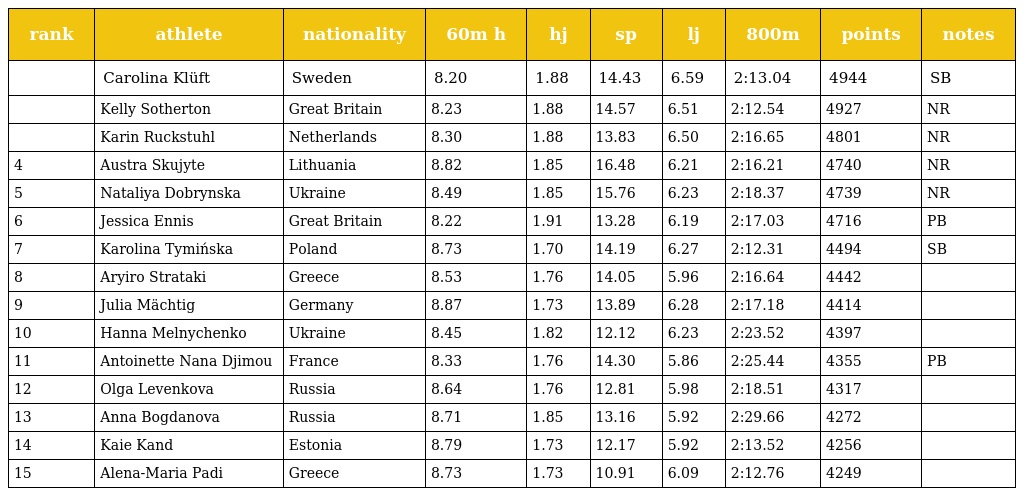
| rank | athlete | nationality | 60m h | hj | sp | lj | 800m | points | notes |
 | --- | --- | --- | --- | --- | --- | --- | --- | --- | --- |
 |  | Carolina Klüft | Sweden | 8.20 | 1.88 | 14.43 | 6.59 | 2:13.04 | 4944 | SB |
 |  | Kelly Sotherton | Great Britain | 8.23 | 1.88 | 14.57 | 6.51 | 2:12.54 | 4927 | NR |
 |  | Karin Ruckstuhl | Netherlands | 8.30 | 1.88 | 13.83 | 6.50 | 2:16.65 | 4801 | NR |
 | 4 | Austra Skujyte | Lithuania | 8.82 | 1.85 | 16.48 | 6.21 | 2:16.21 | 4740 | NR |
 | 5 | Nataliya Dobrynska | Ukraine | 8.49 | 1.85 | 15.76 | 6.23 | 2:18.37 | 4739 | NR |
 | 6 | Jessica Ennis | Great Britain | 8.22 | 1.91 | 13.28 | 6.19 | 2:17.03 | 4716 | PB |
 | 7 | Karolina Tymińska | Poland | 8.73 | 1.70 | 14.19 | 6.27 | 2:12.31 | 4494 | SB |
 | 8 | Aryiro Strataki | Greece | 8.53 | 1.76 | 14.05 | 5.96 | 2:16.64 | 4442 |  |
 | 9 | Julia Mächtig | Germany | 8.87 | 1.73 | 13.89 | 6.28 | 2:17.18 | 4414 |  |
 | 10 | Hanna Melnychenko | Ukraine | 8.45 | 1.82 | 12.12 | 6.23 | 2:23.52 | 4397 |  |
 | 11 | Antoinette Nana Djimou | France | 8.33 | 1.76 | 14.30 | 5.86 | 2:25.44 | 4355 | PB |
 | 12 | Olga Levenkova | Russia | 8.64 | 1.76 | 12.81 | 5.98 | 2:18.51 | 4317 |  |
 | 13 | Anna Bogdanova | Russia | 8.71 | 1.85 | 13.16 | 5.92 | 2:29.66 | 4272 |  |
 | 14 | Kaie Kand | Estonia | 8.79 | 1.73 | 12.17 | 5.92 | 2:13.52 | 4256 |  |
 | 15 | Alena-Maria Padi | Greece | 8.73 | 1.73 | 10.91 | 6.09 | 2:12.76 | 4249 |  |